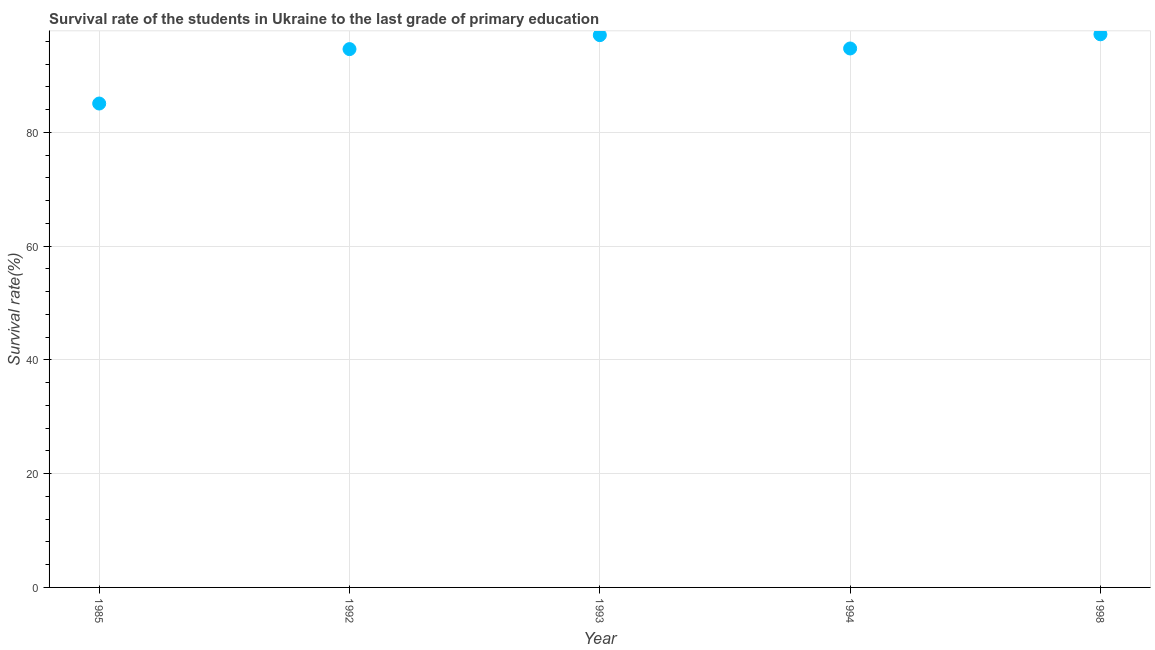
| Year | Primary Education |
 | --- | --- |
 | 1985 | 85.1 |
 | 1992 | 94.6 |
 | 1993 | 97.1 |
 | 1994 | 94.8 |
 | 1998 | 97.2 |